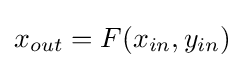
x_{out}=F(x_{in},y_{in})